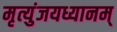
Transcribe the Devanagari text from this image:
मृत्युंजयध्यानम्‌